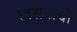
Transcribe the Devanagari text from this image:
श्वसनाची